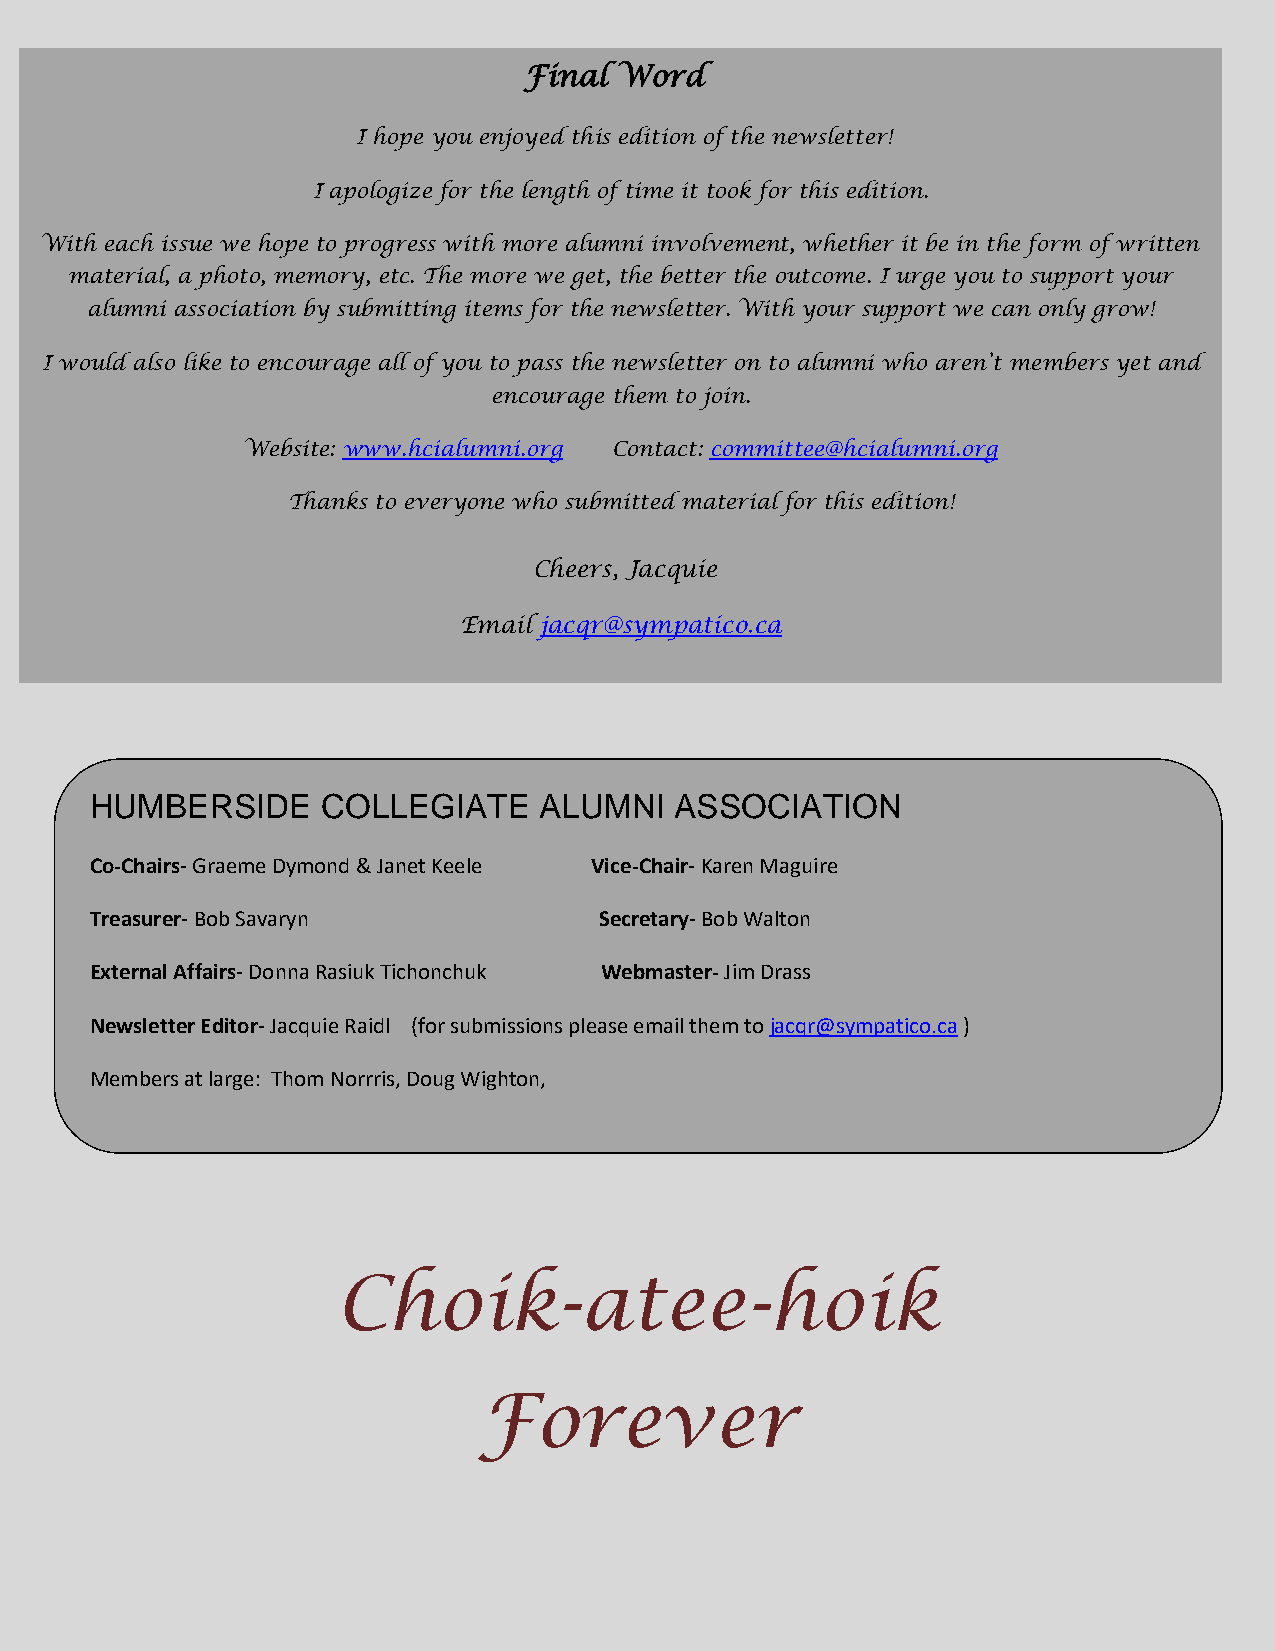
Final Word
 I hope you enjoyed this edition of the newsletter!
 I apologize for the length of time it took for this edition.
 With each issue we hope to progress with more alumni involvement, whether it be in the form of written
 material, a photo, memory, etc. The more we get, the better the outcome. I urge you to support your
 alumni association by submitting items for the newsletter. With your support we can only grow!
 I w ould also like to encourage all of you to pass the newsletter on to alumni who aren’t members yet and
 encourage them to join.
 Website: www.hcialumni.org Contact: committee@hcialumni.org
 Thanks to everyone who submitted material for this edition!
 Cheers, Jacquie
 Email jacqr@sympatico.ca
 
 .
 HUMBERSIDE     COLLEGIATE     ALUMNI   ASSOCIATION
 Co-Chairs- Graeme Dymond & Janet Keele Vice-Chair- Karen Maguire
 Treasurer- Bob Savaryn            Secretary- Bob Walton
 External Affairs- Donna Rasiuk Tichonchuk Webmaster- Jim Drass
 Newsletter Editor- Jacquie Raidl (for submissions please email them to jacqr@sympatico.ca )
 Members at large: Thom Norrris, Doug Wighton,
 Choik-atee-hoik
 Forever